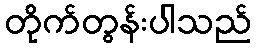
တိုက်တွန်းပါသည်